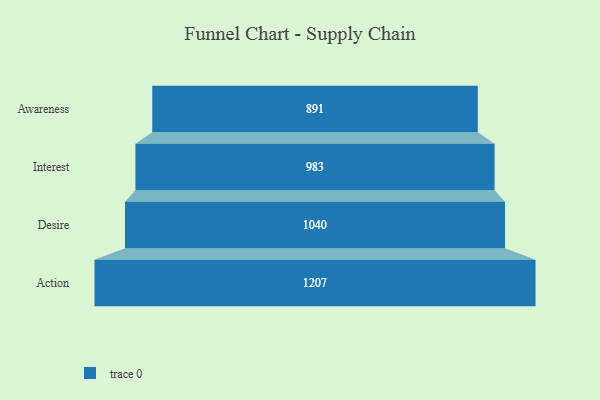
{"axis": {"x": "Stage", "y": "Value"}, "legend": [""], "data": [{"x": "Awareness", "y": 891.0, "type": ""}, {"x": "Interest", "y": 983.0, "type": ""}, {"x": "Desire", "y": 1040.0, "type": ""}, {"x": "Action", "y": 1207.0, "type": ""}]}